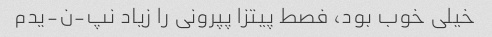
خیلی خوب بود، فصط پیتزا پپرونی را زیاد نپ-ن-یدم